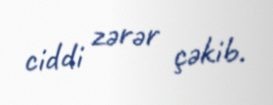
ciddi zərər çəkib.